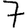
Digit: 7